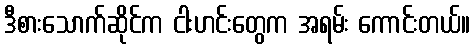
ဒီစားသောက်ဆိုင်က ငါးဟင်းတွေက အရမ်း ကောင်းတယ်။